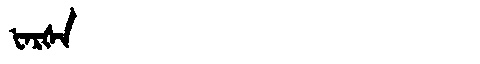
Manchu: ᡶᠠᡵᡧᠠ
Romanization: FARŠA